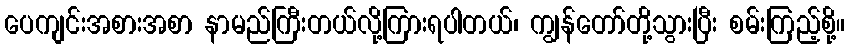
ပေကျင်းအစားအစာ နာမည်ကြီးတယ်လို့ကြားရပါတယ်၊ ကျွန်တော်တို့သွားပြီး စမ်းကြည့်စို့။